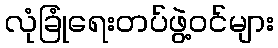
လုံခြုံရေးတပ်ဖွဲ့ဝင်များ